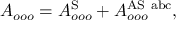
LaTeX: A _ { o o o } = A _ { o o o } ^ { \mathrm { S } } + A _ { o o o } ^ { \mathrm { A S \ a b c } } ,